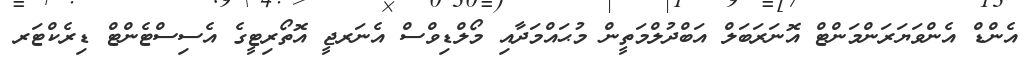
އެންޑް އެންވަޔަރަންމަންޓް އޮނަރަބަލް އަބްދުލްމަތީން މުޙައްމަދާއި މޯލްޑިވްސް އެނަރޖީ އޮތޯރިޓީގެ އެސިސްޓެންޓް ޑިރެކްޓަރ